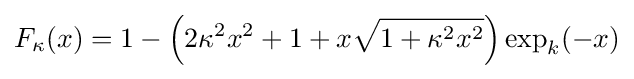
F_{\kappa }(x)=1-\left(2\kappa ^{2}x^{2}+1+x{\sqrt {1+\kappa ^{2}x^{2}}}\right)\exp _{k}({-x)}